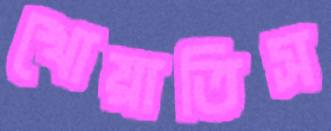
খোয়াতিস